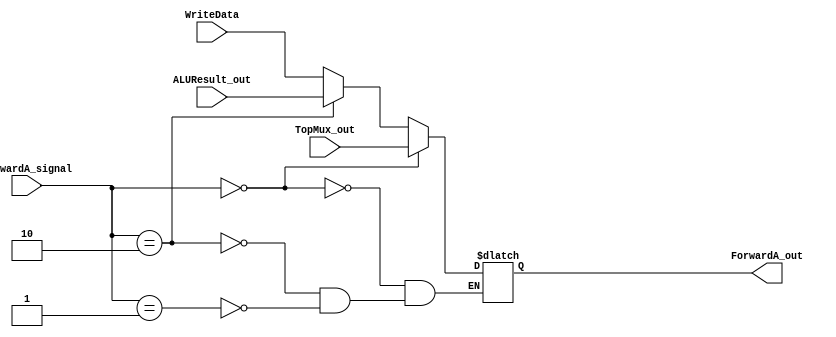
`timescale 1ns / 1ps

module ForwardA_Mux(ForwardA_out,TopMux_out,ALUResult_out,WriteData, ForwardA_signal);

    output reg [31:0] ForwardA_out;   
    input [31:0] TopMux_out,ALUResult_out,WriteData;
    input[1:0] ForwardA_signal;


    always@( TopMux_out,ALUResult_out,WriteData,ForwardA_signal) begin
        if(ForwardA_signal==2'b00) begin
          ForwardA_out<=TopMux_out;
        end
        
        else if (ForwardA_signal==2'b10) begin
           ForwardA_out<=ALUResult_out; //EX Mem.Rd
        end
        else if (ForwardA_signal==2'b01) begin
           ForwardA_out<=WriteData; //MEM Wb.Rd
        end
        
    end
endmodule